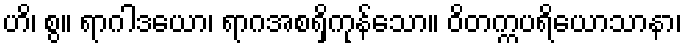
ဟိ၊ စွ။ ရာဂါဒယော၊ ရာဂအစရှိကုန်သော။ ဝိတက္ကပရိယောသာနာ၊